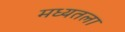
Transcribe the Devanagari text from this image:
मध्यतला